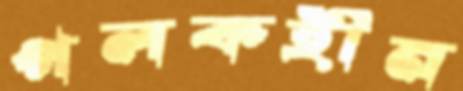
পলকহীন